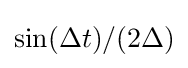
\sin(\Delta t)/(2\Delta )